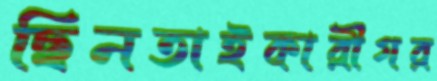
ছিনতাইকারীগর